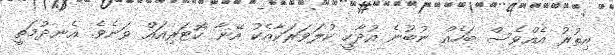
އިތުރު އެއްވެސް ބަހެއް ނުބުނެ އުދާހީ ކުލަވަރަކާއެކު އޭނާ ކޮޓަރިއައް ވަނެވެ. އެނދުމަތީ